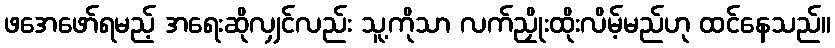
ဖအေဖော်ရမည့် အရေးဆိုလျှင်လည်း သူ့ကိုသာ လက်ညှိုးထိုးလိမ့်မည်ဟု ထင်နေသည်။